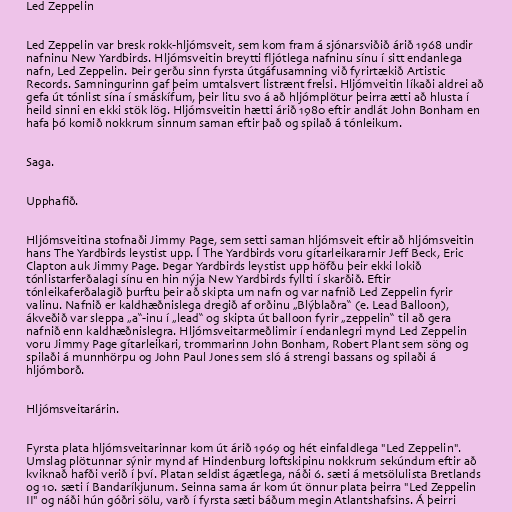
Led Zeppelin

Led Zeppelin var bresk rokk-hljómsveit, sem kom fram á sjónarsviðið árið 1968 undir
nafninu New Yardbirds. Hljómsveitin breytti fljótlega nafninu sínu í sitt endanlega
nafn, Led Zeppelin. Þeir gerðu sinn fyrsta útgáfusamning við fyrirtækið Artistic
Records. Samningurinn gaf þeim umtalsvert listrænt frelsi. Hljómveitin líkaði aldrei að
gefa út tónlist sína í smáskífum, þeir litu svo á að hljómplötur þeirra ætti að hlusta í
heild sinni en ekki stök lög. Hljómsveitin hætti árið 1980 eftir andlát John Bonham en
hafa þó komið nokkrum sinnum saman eftir það og spilað á tónleikum.

Saga.

Upphafið.

Hljómsveitina stofnaði Jimmy Page, sem setti saman hljómsveit eftir að hljómsveitin
hans The Yardbirds leystist upp. Í The Yardbirds voru gítarleikararnir Jeff Beck, Eric
Clapton auk Jimmy Page. Þegar Yardbirds leystist upp höfðu þeir ekki lokið
tónlistarferðalagi sínu en hin nýja New Yardbirds fyllti í skarðið. Eftir
tónleikaferðalagið þurftu þeir að skipta um nafn og var nafnið Led Zeppelin fyrir
valinu. Nafnið er kaldhæðnislega dregið af orðinu „Blýblaðra“ (e. Lead Balloon),
ákveðið var sleppa „a“-inu í „lead“ og skipta út balloon fyrir „zeppelin“ til að gera
nafnið enn kaldhæðnislegra. Hljómsveitarmeðlimir í endanlegri mynd Led Zeppelin
voru Jimmy Page gítarleikari, trommarinn John Bonham, Robert Plant sem söng og
spilaði á munnhörpu og John Paul Jones sem sló á strengi bassans og spilaði á
hljómborð.

Hljómsveitarárin.

Fyrsta plata hljómsveitarinnar kom út árið 1969 og hét einfaldlega "Led Zeppelin".
Umslag plötunnar sýnir mynd af Hindenburg loftskipinu nokkrum sekúndum eftir að
kviknað hafði verið í því. Platan seldist ágætlega, náði 6. sæti á metsölulista Bretlands
og 10. sæti í Bandaríkjunum. Seinna sama ár kom út önnur plata þeirra "Led Zeppelin
II" og náði hún góðri sölu, varð í fyrsta sæti báðum megin Atlantshafsins. Á þeirri